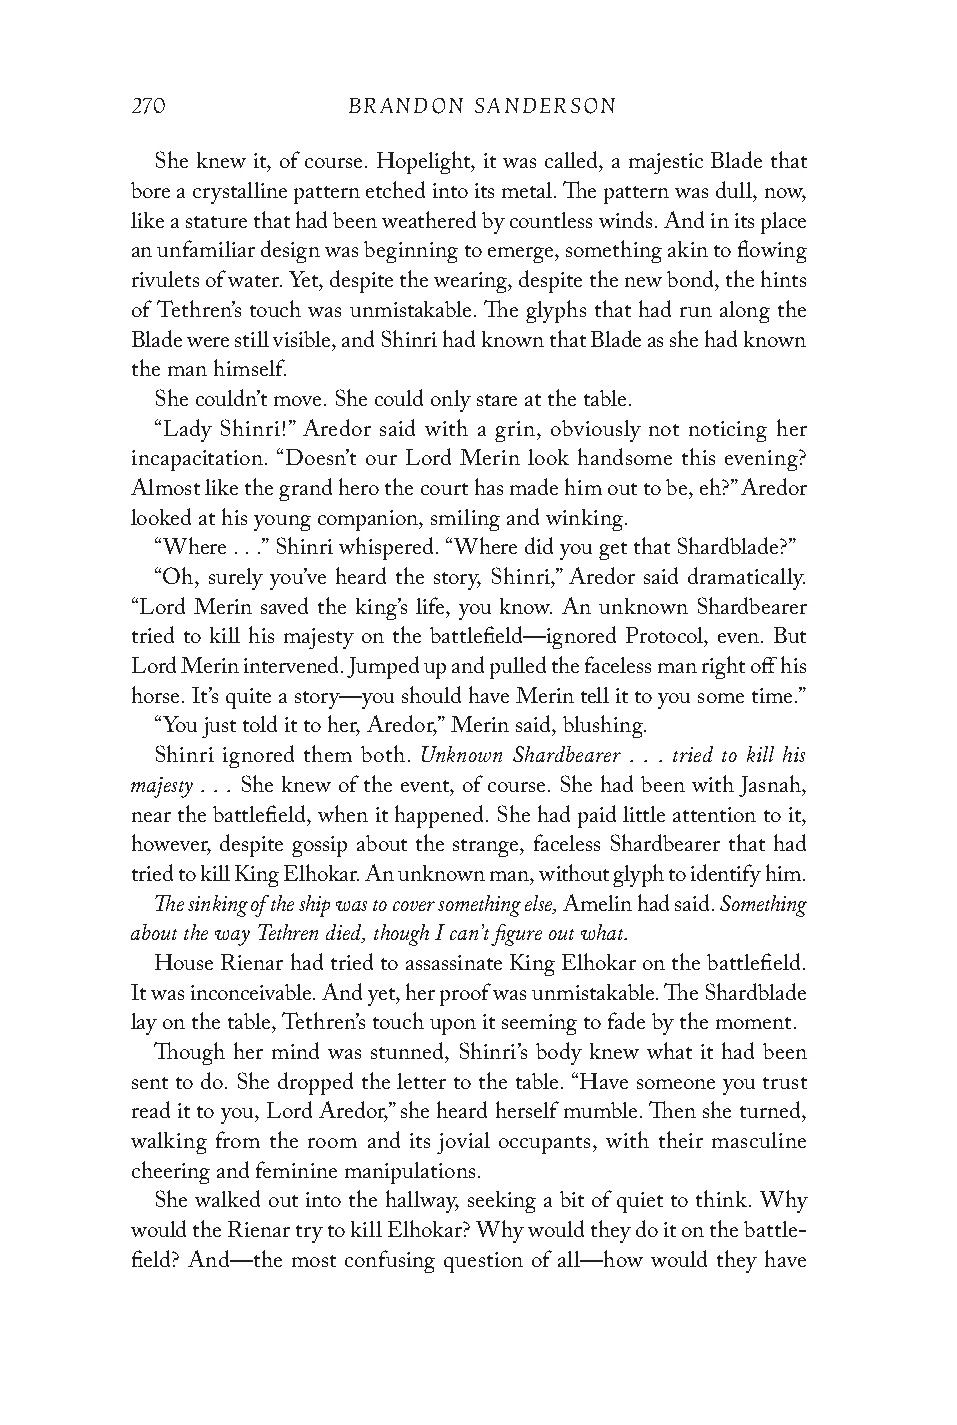
270           BRANDON SANDERSON
 She knew it, of course. Hopelight, it was called, a majestic Blade that
 bore a crystalline pattern etched into its metal. The pattern was dull, now,
 like a stature that had been weathered by countless winds. And in its place
 an unfamiliar design was beginning to emerge, something akin to flowing
 rivulets of water. Yet, despite the wearing, despite the new bond, the hints
 of Tethren’s touch was unmistakable. The glyphs that had run along the
 Blade were still visible, and Shinri had known that Blade as she had known
 the man himself.
 She couldn’t move. She could only stare at the table.
 “Lady Shinri!” Aredor said with a grin, obviously not noticing her
 incapa citation. “Doesn’t our Lord Merin look handsome this evening?
 Almost like the grand hero the court has made him out to be, eh?” Aredor
 looked at his young companion, smiling and winking.
 “Where . . .” Shinri whispered. “Where did you get that Shardblade?”
 “Oh, surely you’ve heard the story, Shinri,” Aredor said dramatically.
 “Lord Merin saved the king’s life, you know. An unknown Shardbearer
 tried to kill his majesty on the battlefield—ignored Protocol, even. But
 Lord Merin intervened. Jumped up and pulled the faceless man right off his
 horse. It’s quite a story—you should have Merin tell it to you some time.”
 “You just told it to her, Aredor,” Merin said, blushing.
 Unknown Shardbearer . . . tried to kill his
 Shinri ignored them both.
 majesty . . .
 She knew of the event, of course. She had been with Jasnah,
 near the battlefield, when it happened. She had paid little attention to it,
 however, despite gossip about the strange, faceless Shardbearer that had
 tried to kill King Elhokar. An unknown man, without glyph to identify him.
 The sinking of the ship was to cover something else, Something
 Amelin had said.
 about the way Tethren died, though I can’t figure out what.
 House Rienar had tried to assassinate King Elhokar on the battlefield.
 It was inconceivable. And yet, her proof was unmistakable. The Shardblade
 lay on the table, Tethren’s touch upon it seeming to fade by the moment.
 Though her mind was stunned, Shinri’s body knew what it had been
 sent to do. She dropped the letter to the table. “Have someone you trust
 read it to you, Lord Aredor,” she heard herself mumble. Then she turned,
 walking from the room and its jovial occupants, with their masculine
 cheering and feminine manipulations.
 She walked out into the hallway, seeking a bit of quiet to think. Why
 would the Rienar try to kill Elhokar? Why would they do it on the battle­
 field? And—the most confusing question of all—how would they have